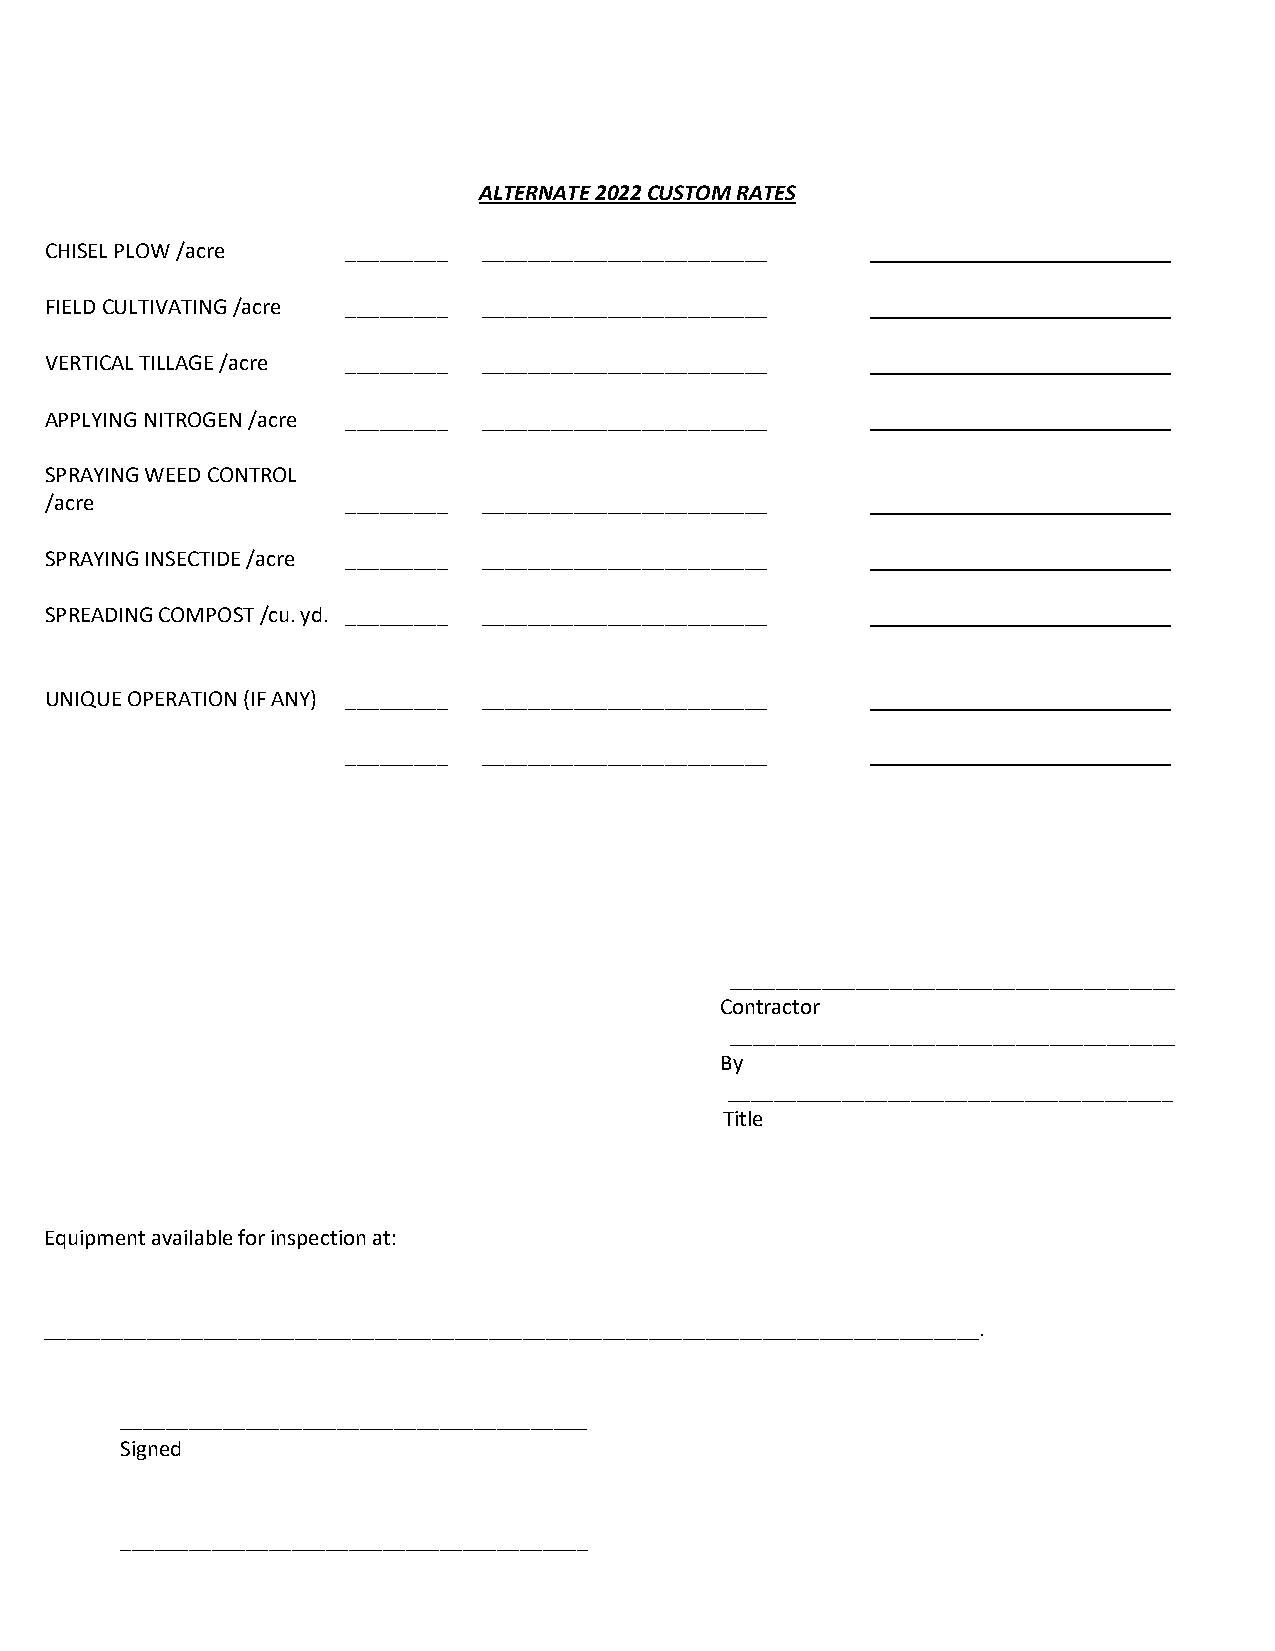
ALTERNATE 2022 CUSTOM RATES
 CHISEL PLOW /acre   _ ________ _________________________
 FIELD CULTIVATING /acre _ ________ _________________________
 VERTICAL TILLAGE /acre _________ _________________________
 APPLYING NITROGEN /acre _ ________ _________________________
 SPRAYING WEED CONTROL
 /acre               _________ _________________________
 SPRAYING INSECTIDE /acre _ ________ _________________________
 SPREADING COMPOST /cu. yd. _________ _________________________
 UNIQUE OPERATION (IF ANY) _________ _________________________
 _________ _________________________
 _______________________________________
 Contractor
 _______________________________________
 By
 _______________________________________
 Title
 Equipment available for inspection at:
 __________________________________________________________________________________.
 _________________________________________
 Signed
 _________________________________________